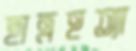
ছাত্রহত্যা